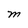
Character: M